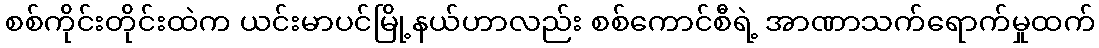
စစ်ကိုင်းတိုင်းထဲက ယင်းမာပင်မြို့နယ်ဟာလည်း စစ်ကောင်စီရဲ့ အာဏာသက်ရောက်မှုထက်